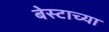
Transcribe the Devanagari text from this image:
बेस्टाच्या